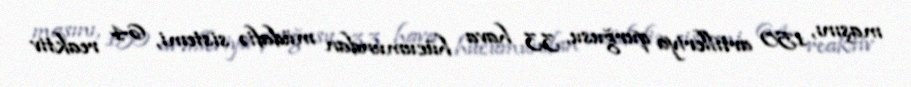
maşını, 150 artilleriya qurğusu, 33 hava hücumundan müdafiə sistemi, 64 reaktiv